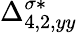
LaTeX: {\Delta}_{4,2,yy}^{\sigma*}